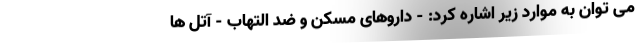
می توان به موارد زیر اشاره کرد: - داروهای مسکن و ضد التهاب - آتل ها